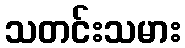
သတင်းသမား